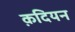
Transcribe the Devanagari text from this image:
क़दियन